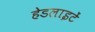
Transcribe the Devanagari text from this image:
हेडलाइटें